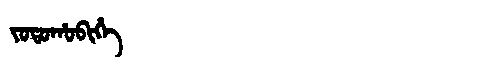
Manchu: ᠵᠣᡨᠣᡥᠣᠪᡳᡥᡝ
Romanization: JOTOHOBIHE